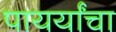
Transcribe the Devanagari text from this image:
पायर्यांचा